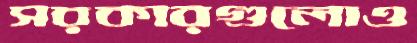
সরকারগুলোও